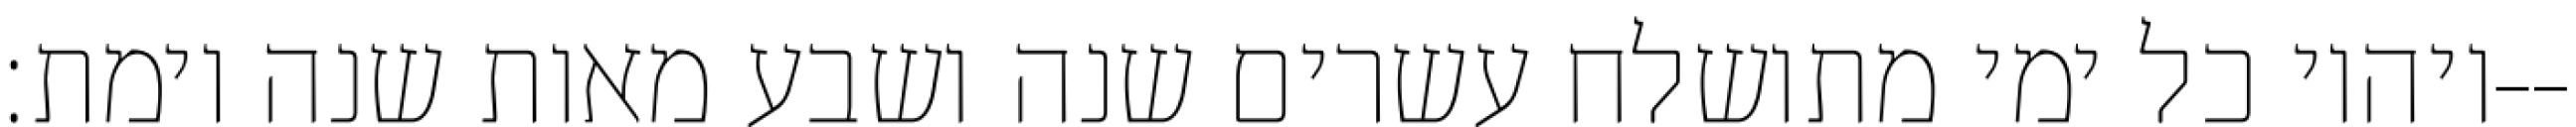
ויהיו כל ימי מתושלח עשרים שנה ושבע מאות שנה וימת׃--